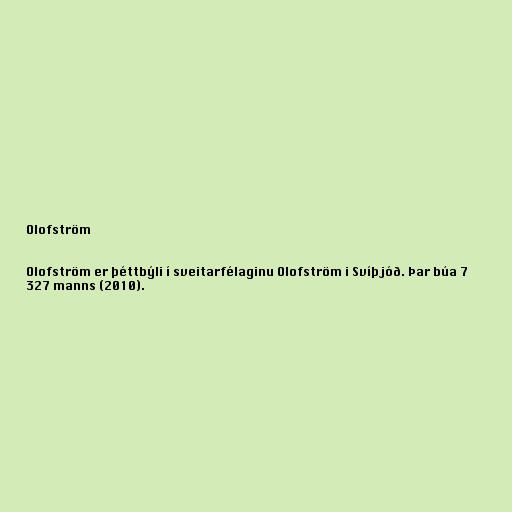
Olofström

Olofström er þéttbýli í sveitarfélaginu Olofström i Svíþjóð. Þar búa 7
327 manns (2010).